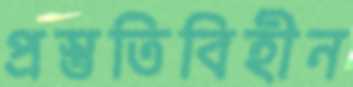
প্রস্তুতিবিহীন